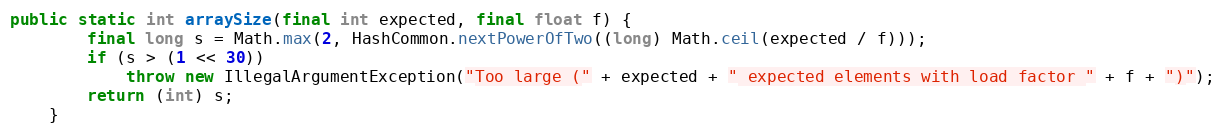
Language: Java
public static int arraySize(final int expected, final float f) {
        final long s = Math.max(2, HashCommon.nextPowerOfTwo((long) Math.ceil(expected / f)));
        if (s > (1 << 30))
            throw new IllegalArgumentException("Too large (" + expected + " expected elements with load factor " + f + ")");
        return (int) s;
    }